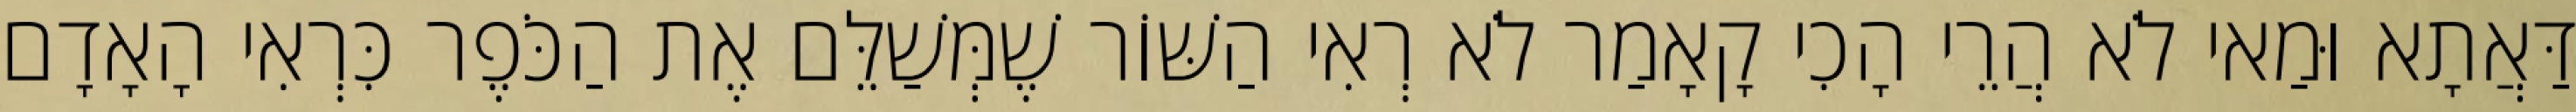
דַּאֲתָא וּמַאי לֹא הֲרֵי הָכִי קָאָמַר לֹא רְאִי הַשּׁוֹר שֶׁמְּשַׁלֵּם אֶת הַכֹּפֶר כִּרְאִי הָאָדָם